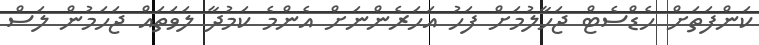
ކަންފަތަށް ހެޑްސެޓް ޖަހާލުމަށް ފަހު އަހަރެންނަށް އެންމެ ކަމުދާ ލަވަތައް ޖަހަމުން ލަސް